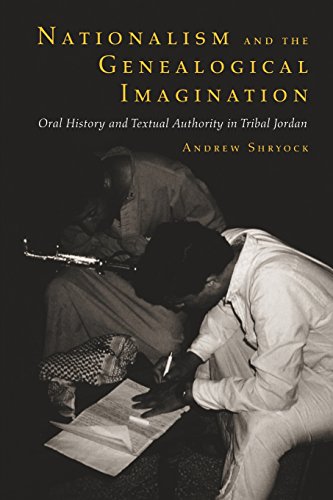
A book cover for Nationalism and the Genealogical Imagination: Oral History and Textual Authority in Tribal Jordan (Comparative Studies on Muslim Societies); Andrew Shryock; History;